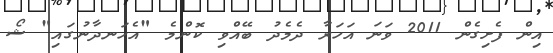
އިން ފެށިގެން 2011 ވަނަ އަހަރާ ދެމެދު ބޭއްވި ކޮންމެ "އެހަނދާނުގައި" ޝޯ